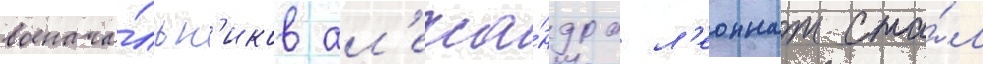
военача́льн'иков ал'екса́ндра л'еоннат ста́л